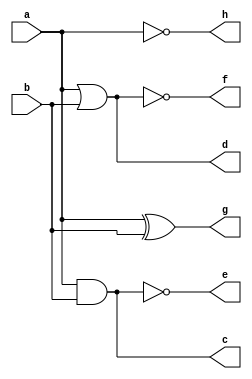
module logic_gates(a,b,c,d,e,f,g,h);
    input a,b;
    output c,d,e,f,g,h;
    assign c=a&b;
    assign d=a|b;
    assign e=a~&b;
    assign f=a~|b;
    assign g=a^b;
    assign h=~a;
endmodule

module test_bench;
    reg a,b;
    wire c,d,e,f,g,h;
    logic_gates t(a,b,c,d,e,f,g,h);
    initial begin
    $dumpfile("vcd/DataFlow.vcd");
    $dumpvars(0,test_bench);
    $monitor("a=%b,b=%b,and=%b,or=%b,nand=%b,nor=%b,xor=%b,not=%b",a,b,c,d,e,f,g,h);
        a=0;
        b=0;
        #10
        a=1;
        b=0;
        #10
        a=0;
        b=1;
        #10
        a=1;
        b=1;
        #10
    $finish;
    end
endmodule